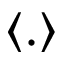
\langle . \rangle